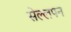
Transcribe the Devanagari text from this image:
सेल्लपन